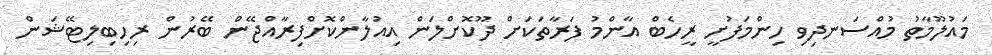
މައުލޫމާތު މުއްސަނދިވި ހިންމަފުށީ ރީހެބް އާންމު ފަރާތަކަށް ދޫކޮށްލަން އިއުލާންކޮށްފިރާއްޖޭން ބޭރުން ރިހިބިލިޓޭޝަން